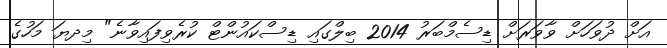
އަށް ދުވަހަށް ވާވަރަށް ޑިސެމްބަރު 2014 ބިލްގައި ޑިސްކައުންޓް ކުރެވިފައިވާނެ" މިދޔަ މަހުގެ